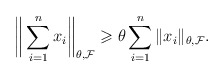
\begin{align*} \bigg\|\sum_{i=1}^n x_i\bigg\|_{\theta,\mathcal{F}} \geqslant \theta\sum_{i=1}^n\|x_i\|_{\theta,\mathcal{F}}. \end{align*}